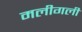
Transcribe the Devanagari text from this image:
मलीगली